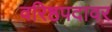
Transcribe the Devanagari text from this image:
वरिष्ठपदावर